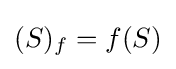
(S)_{f}=f(S)